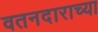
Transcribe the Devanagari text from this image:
वतनदाराच्या